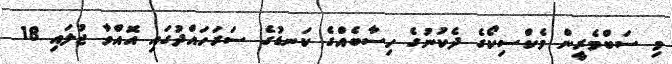
މި ސަބްމެރީން މެކްސިކޯގެ ދެކުނުގެ ހިސާބެއްގެ ކަނޑުގެ ސަރަހައްދުގައި އޮއްވާ ޖުލައި 18